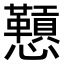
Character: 𪭅